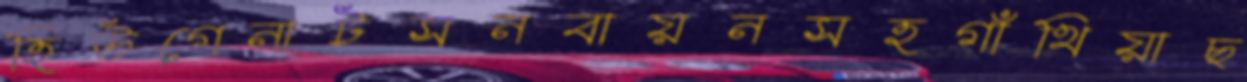
হিউগেনাটসনবায়নসহগাঁথিয়াছ